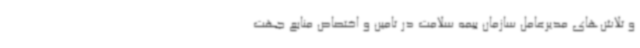
و تلاش‌های مدیرعامل سازمان بیمه سلامت در تامین و اختصاص منابع جهت